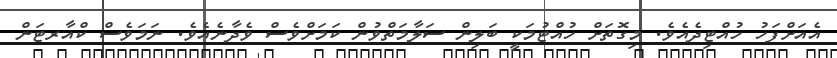
އެއަށްފަހު ހުއްޓިދެއެވެ. މިގޮތަށް ހުއްޓުމަކީ ބަލިން ސަލާމަތްވުން ކަމަށްވެސް ވެދާނެއެވެ. ނަމަވެސް ކްއާރޓަން